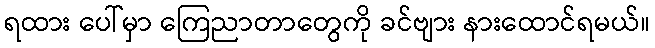
ရထား ပေါ်မှာ ကြေညာတာတွေကို ခင်ဗျား နားထောင်ရမယ်။